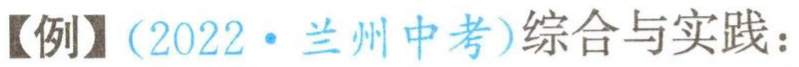
【例】（2022·兰州中考）综合与实践：